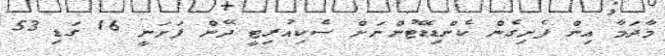
މާދަމާ އިން ފެށިގެން ކެންޑިޑޭޓުންނަށް ސެކިއުރިޓީ ދޭން ފަށަނީ 16 ގަޑި 53